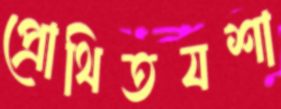
প্রোথিতযশা